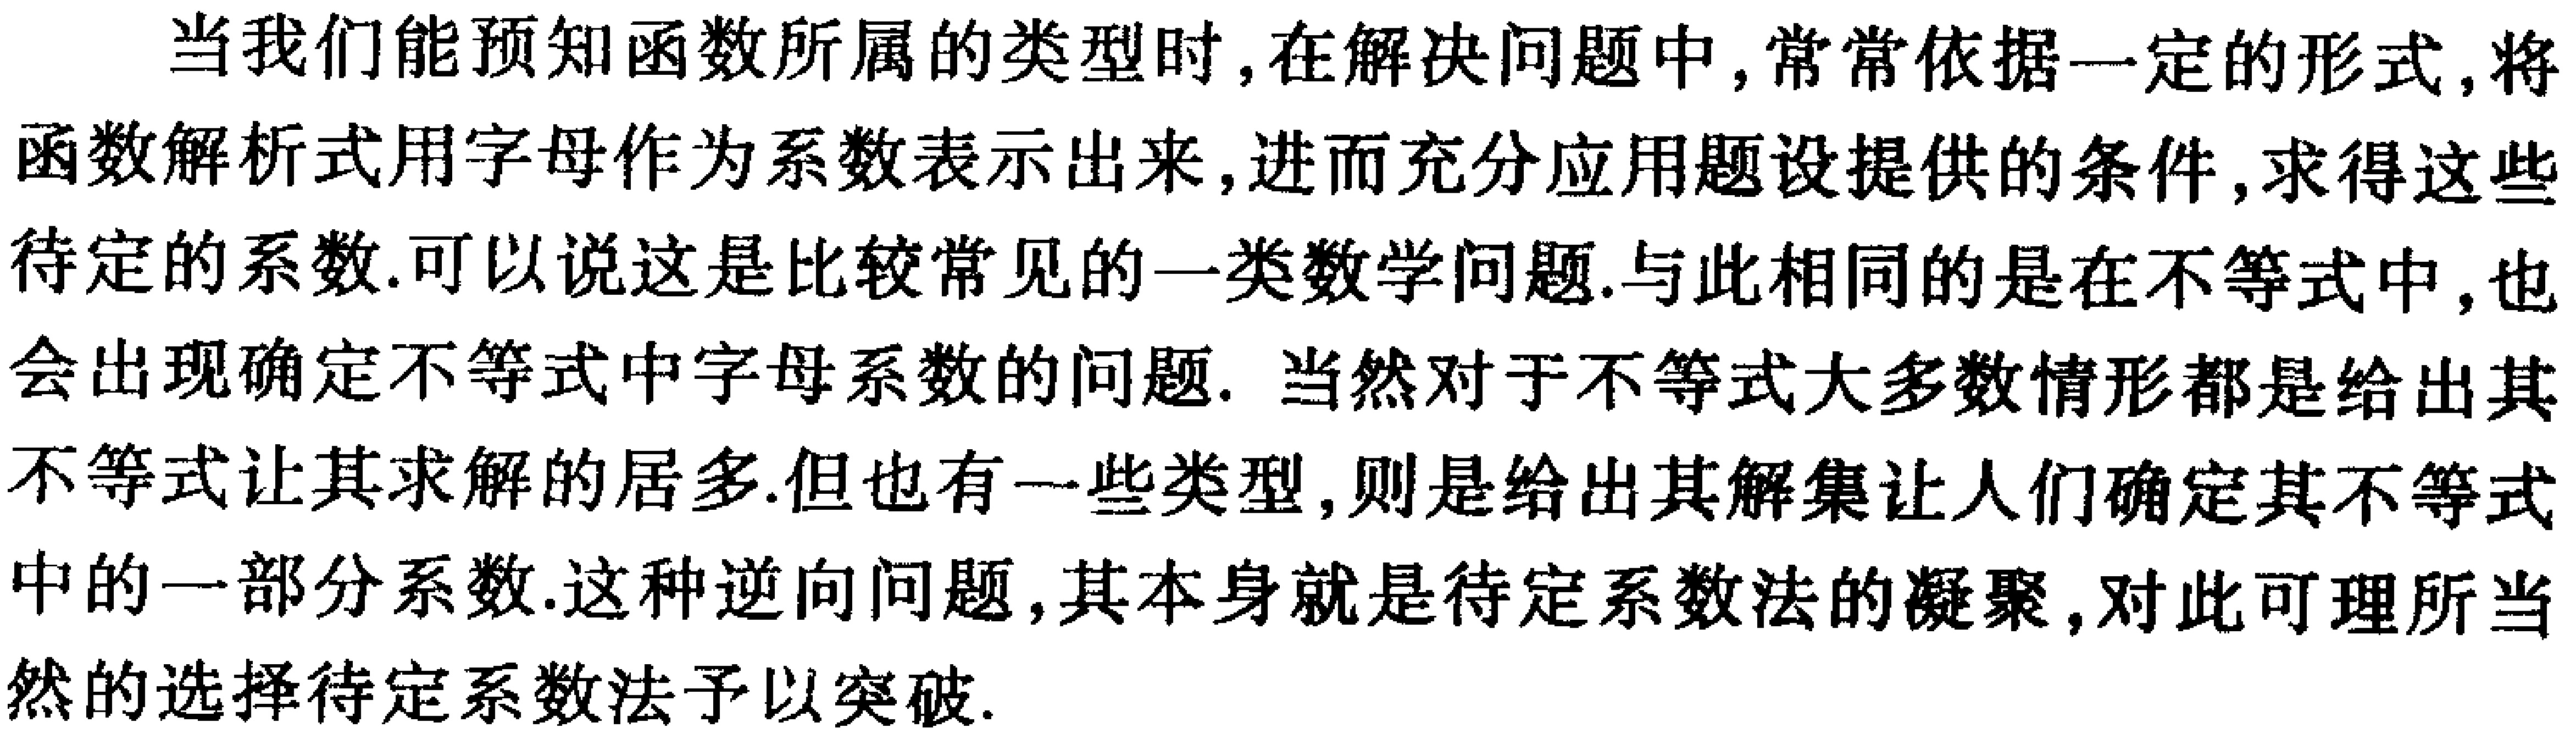
当我们能预知函数所属的类型时,在解决问题中,常常依据一定的形式,将函数解析式用字母作为系数表示出来,进而充分应用题设提供的条件,求得这些待定的系数.可以说这是比较常见的一类数学问题.与此相同的是在不等式中,也会出现确定不等式中字母系数的问题. 当然对于不等式大多数情形都是给出其不等式让其求解的居多.但也有一些类型,则是给出其解集让人们确定其不等式中的一部分系数.这种逆向问题,其本身就是待定系数法的凝聚,对此可理所当然的选择待定系数法予以突破.